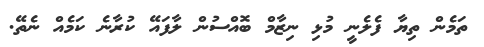
ތަމެން ތިޔާ ފެލެނީ މުޅި ނިޒާމް ބޮއްސުން ލާފައޭ ކުރާނެ ކަމެއް ނެތޭ.